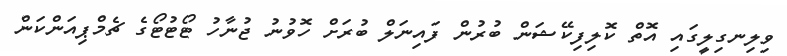
ވިލިނގިލީގައި އޮތް ކޮލިފިކޭޝަން ބުރުން ފައިނަލް ބުރަށް ހޮވުނު ޖުނާހު ޓޯޓުޓޯގެ ޗެމްޕިއަންކަން